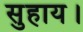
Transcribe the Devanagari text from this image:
सुहाय।